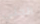
الجني